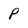
Character: P